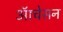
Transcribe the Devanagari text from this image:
ऑचेसन